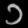
Digit: ၁